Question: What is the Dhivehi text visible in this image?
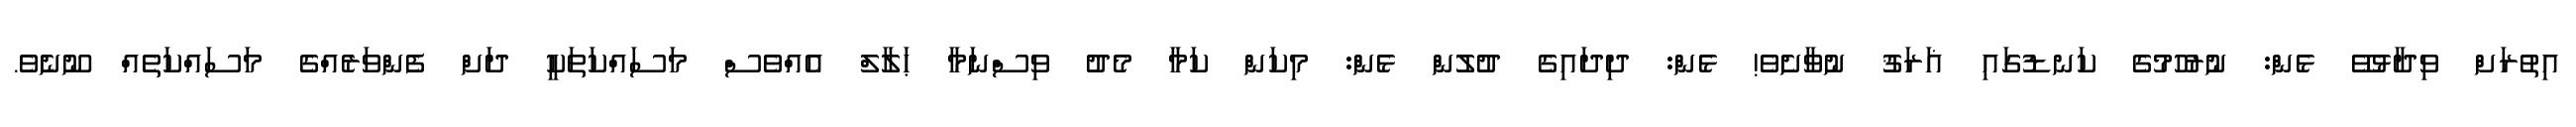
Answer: އިތުރަށް ވިދާޅުވޭ ޅެން: ނުރުހުމުގެ ކަނޑުގައި ޣަރަޤު ނުވާށެވެ! ޅެން: ދިދައިގެ ދުލުން ޅެން: މިކަން ކަމާ މެދު ވިސްނަމާ ޙަލާލް އެއްވެސް މަސައްކަތަކީ ދަށް ފެންވަރެއްގެ މަސައްކަތެއް ނޫނެވެ.